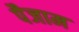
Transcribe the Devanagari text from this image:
पैजाम